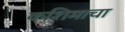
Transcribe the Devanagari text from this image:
कशिमाचा